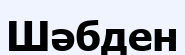
Шәбден